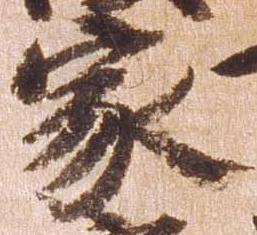
家